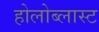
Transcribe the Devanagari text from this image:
होलोब्लास्ट